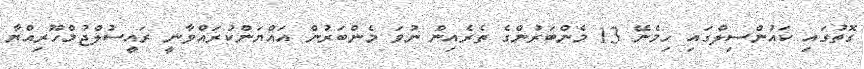
ގޮތުގައި ކައުންސިލްގައި ހިމެނޭ 13 މެންބަރުންގެ ތެރެއިން ނުވަ މެންބަރުން އައްޔަންކުރައްވާނީ ރައީސުލްޖުމްހޫރިއްޔާ